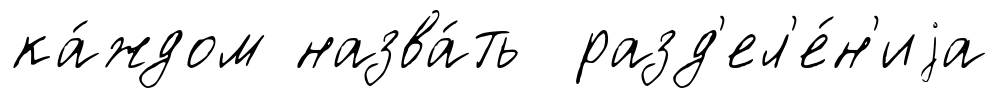
ка́ждом назва́ть разд'ел'е́н'иjа